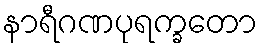
နာရီဂဏပုရက္ခတော